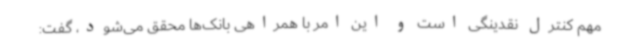
مهم کنترل نقدینگی است و این امر با همراهی بانک‌ها محقق می‌شود، گفت: